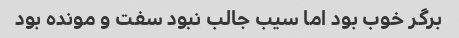
برگر خوب بود اما سیب جالب نبود سفت و مونده بود